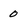
Character: 0